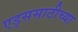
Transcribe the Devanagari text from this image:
एड्ससाठीच्या